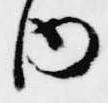
内